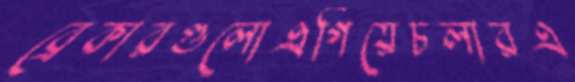
ব্রেকারগুলোএগিয়েচলারএ